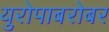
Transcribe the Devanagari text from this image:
युरोपाबरोबर